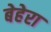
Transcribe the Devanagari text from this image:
बेहेरा